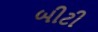
બીટી